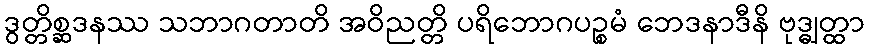
ဒွတ္တိစ္ဆဒနဿ သဘာဂတာတိ အဝိညတ္တိ ပရိဘောဂပဉ္စမံ ဘေဒနာဒီနိ ဗုဒ္ဓျတ္ထာ